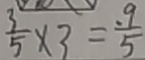
\frac { 3 } { 5 } \times 3 = \frac { 9 } { 5 }